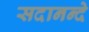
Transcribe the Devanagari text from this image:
सदानन्दे